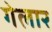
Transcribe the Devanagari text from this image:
गेलार